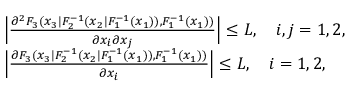
\begin{array} { r l } & { \Big | \frac { \partial ^ { 2 } F _ { 3 } ( x _ { 3 } | F _ { 2 } ^ { - 1 } ( x _ { 2 } | F _ { 1 } ^ { - 1 } ( x _ { 1 } ) ) , F _ { 1 } ^ { - 1 } ( x _ { 1 } ) ) } { \partial x _ { i } \partial x _ { j } } \Big | \leq L , \quad i , j = 1 , 2 , } \\ & { \Big | \frac { \partial F _ { 3 } ( x _ { 3 } | F _ { 2 } ^ { - 1 } ( x _ { 2 } | F _ { 1 } ^ { - 1 } ( x _ { 1 } ) ) , F _ { 1 } ^ { - 1 } ( x _ { 1 } ) ) } { \partial x _ { i } } \Big | \leq L , \quad i = 1 , 2 , } \end{array}